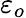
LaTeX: \varepsilon_{o}